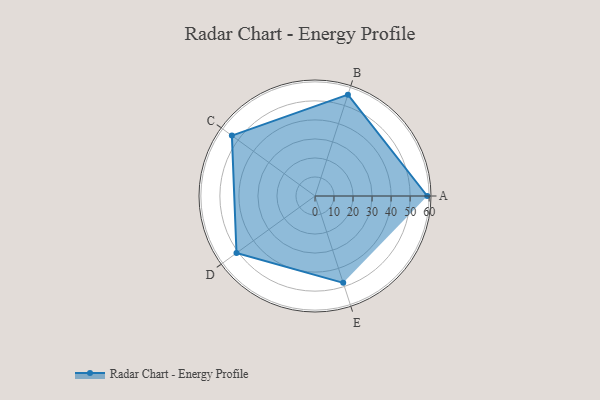
{"axis": {"x": "Skill", "y": "Score"}, "legend": ["Profile"], "data": [{"x": "A", "y": 59.0, "type": "Profile"}, {"x": "B", "y": 56.0, "type": "Profile"}, {"x": "C", "y": 54.0, "type": "Profile"}, {"x": "D", "y": 51.0, "type": "Profile"}, {"x": "E", "y": 48.0, "type": "Profile"}]}